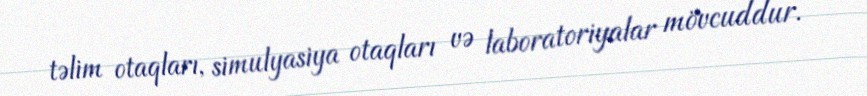
təlim otaqları, simulyasiya otaqları və laboratoriyalar mövcuddur.